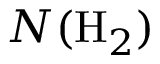
N ( \mathrm { H } _ { 2 } )